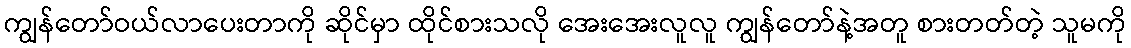
ကျွန်တော်ဝယ်လာပေးတာကို ဆိုင်မှာ ထိုင်စားသလို အေးအေးလူလူ ကျွန်တော်နဲ့အတူ စားတတ်တဲ့ သူမကို